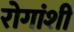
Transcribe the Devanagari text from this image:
रोगांशी